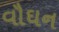
વૌઘન